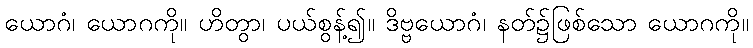
ယောဂံ၊ ယောဂကို။ ဟိတွာ၊ ပယ်စွန့်၍။ ဒိဗ္ဗယောဂံ၊ နတ်၌ဖြစ်သော ယောဂကို။